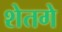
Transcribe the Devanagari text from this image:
शेतगे